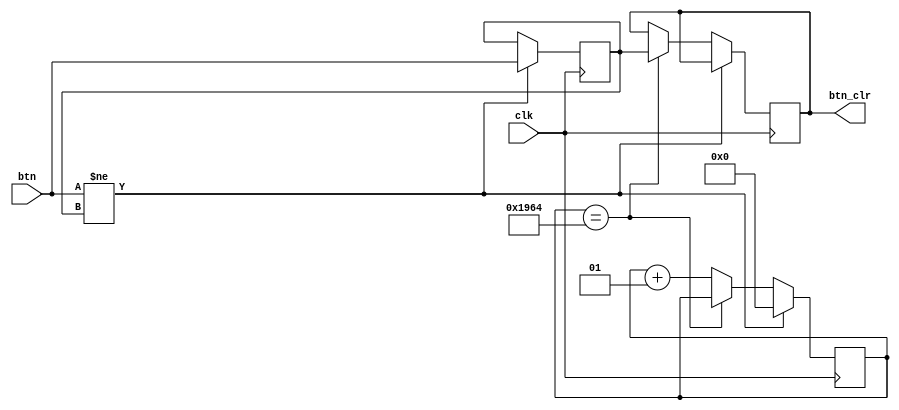
module debounce(clk,btn,btn_clr);

input clk;
input btn;
output reg btn_clr;

parameter delay = 6500; //6.5ms delay
integer count=0;

reg xnew=0;

always @(posedge clk)
if (btn != xnew) 
  begin 
  xnew <= btn; 
  count <= 0; 
  end
else if (count == delay) btn_clr <= xnew;
else count <= count + 1;

endmodule